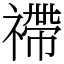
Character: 𥛣